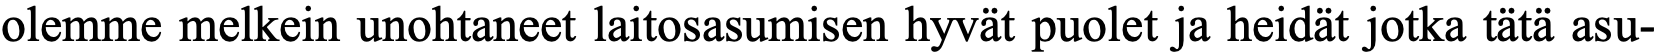
olemme melkein unohtaneet laitosasumisen hyvät puolet ja heidät jotka tätä asu-